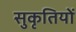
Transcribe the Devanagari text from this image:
सुकृतियों